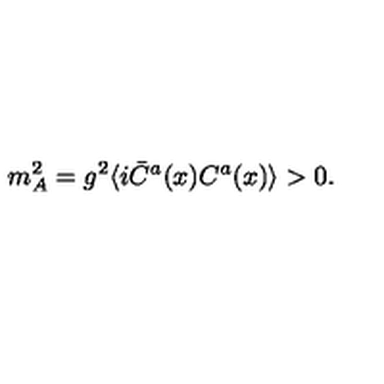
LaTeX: m _ { A } ^ { 2 } = g ^ { 2 } \langle i \bar { C } ^ { a } ( x ) C ^ { a } ( x ) \rangle > 0 .